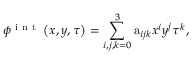
\phi ^ { \mathrm { ~ i ~ n ~ t ~ } } \left( x , y , \tau \right) = \sum _ { i , j , k = 0 } ^ { 3 } \mathrm { a } _ { i j k } x ^ { i } y ^ { j } \tau ^ { k } ,